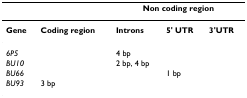
<table><thead><tr><td></td><td></td><td colspan="3"><b>Non coding region</b></td></tr></thead><tbody><tr><td><b>Gene</b></td><td><b>Coding region</b></td><td><b>Introns</b></td><td><b>5&#x27; UTR</b></td><td><b>3&#x27;UTR</b></td></tr><tr><td><i>6P5</i></td><td></td><td>4 bp</td><td></td><td></td></tr><tr><td><i>BU10</i></td><td></td><td>2 bp, 4 bp</td><td></td><td></td></tr><tr><td><i>BU66</i></td><td></td><td></td><td>1 bp</td><td></td></tr><tr><td><i>BU93</i></td><td>3 bp</td><td></td><td></td><td></td></tr></tbody></table>